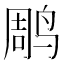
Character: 𫛲